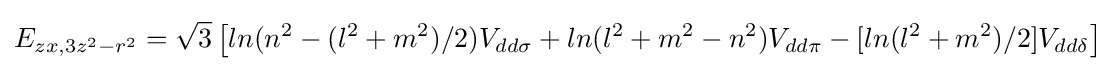
E_{zx,3z^{2}-r^{2}}={\sqrt {3}}\left[ln(n^{2}-(l^{2}+m^{2})/2)V_{dd\sigma }+ln(l^{2}+m^{2}-n^{2})V_{dd\pi }-[ln(l^{2}+m^{2})/2]V_{dd\delta }\right]